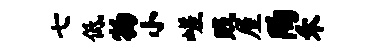
七低物小嵯贱屋陶禾